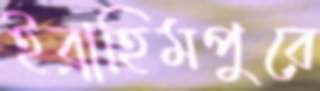
ইব্রাহিমপুরে